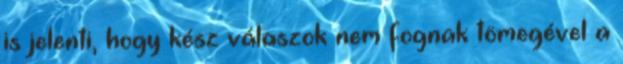
is jelenti, hogy kész válaszok nem fognak tömegével a